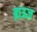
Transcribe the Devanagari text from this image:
ब्राऊज